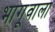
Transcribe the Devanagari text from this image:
भागूवाला